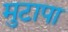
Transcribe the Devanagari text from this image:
मुटापा